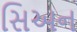
સિઅન